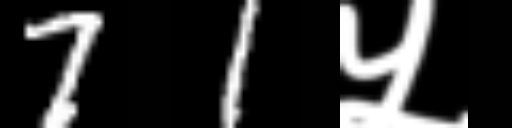
Text: 71५